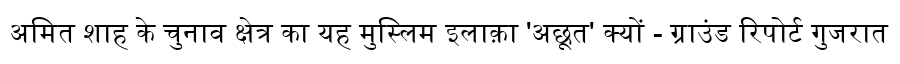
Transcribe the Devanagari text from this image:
अमित शाह के चुनाव क्षेत्र का यह मुस्लिम इलाक़ा 'अछूत' क्यों - ग्राउंड रिपोर्ट गुजरात